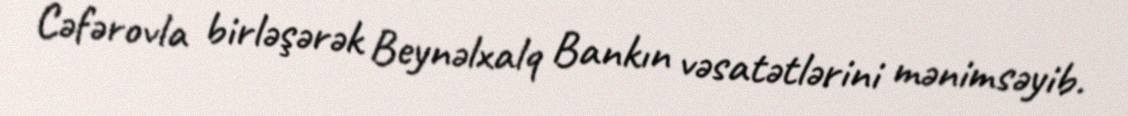
Cəfərovla birləşərək Beynəlxalq Bankın vəsatətlərini mənimsəyib.